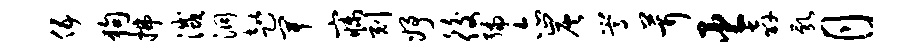
伍狗拂灭洞趑卑寐刻妤後编亦炭嵩茸臣奔乳月